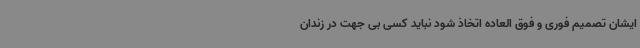
ایشان تصمیم فوری و فوق العاده اتخاذ شود نباید کسی بی جهت در زندان